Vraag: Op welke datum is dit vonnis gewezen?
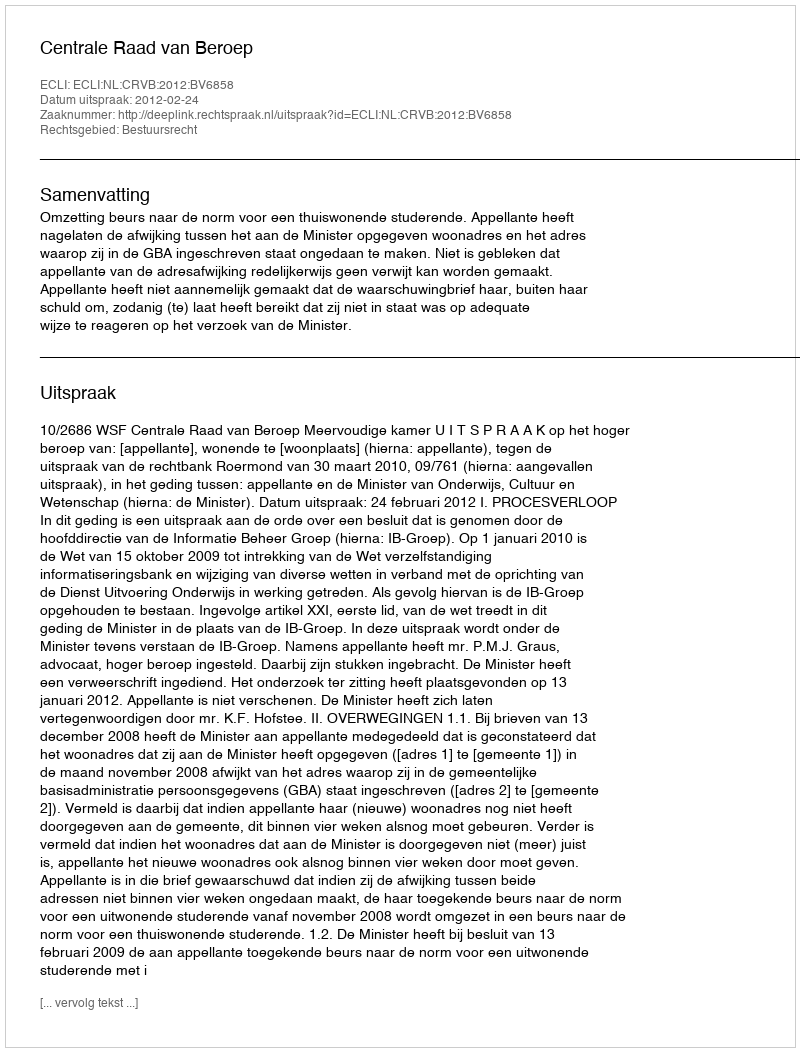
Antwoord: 2012-02-24